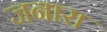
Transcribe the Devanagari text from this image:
जनारा